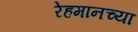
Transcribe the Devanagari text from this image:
रेहमानच्या